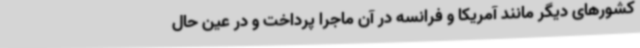
کشورهای دیگر مانند آمریکا و فرانسه در آن ماجرا پرداخت و در عین حال